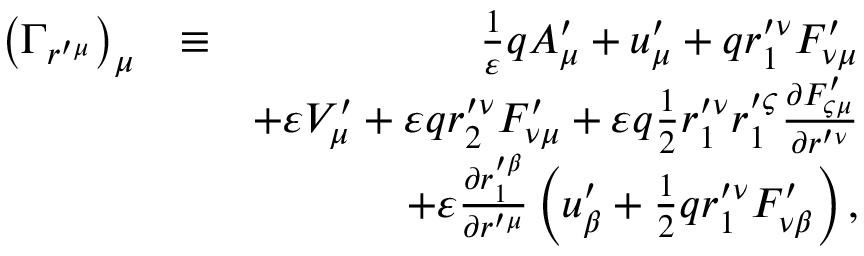
\begin{array} { r l r } { \left( \Gamma _ { r ^ { \prime \mu } } \right) _ { \mu } } & { \equiv } & { \frac { 1 } { \varepsilon } q A _ { \mu } ^ { \prime } + u _ { \mu } ^ { \prime } + q r _ { 1 } ^ { \prime \nu } F _ { \nu \mu } ^ { \prime } } \\ & { } & { + \varepsilon V _ { \mu } ^ { \prime } + \varepsilon q r _ { 2 } ^ { \prime \nu } F _ { \nu \mu } ^ { \prime } + \varepsilon q \frac { 1 } { 2 } r _ { 1 } ^ { \prime \nu } r _ { 1 } ^ { \prime \varsigma } \frac { \partial F _ { \varsigma \mu } ^ { \prime } } { \partial r ^ { \prime \nu } } } \\ & { } & { + \varepsilon \frac { \partial r _ { 1 } ^ { \prime \beta } } { \partial r ^ { \prime \mu } } \left( u _ { \beta } ^ { \prime } + \frac { 1 } { 2 } q r _ { 1 } ^ { \prime \nu } F _ { \nu \beta } ^ { \prime } \right) , } \end{array}